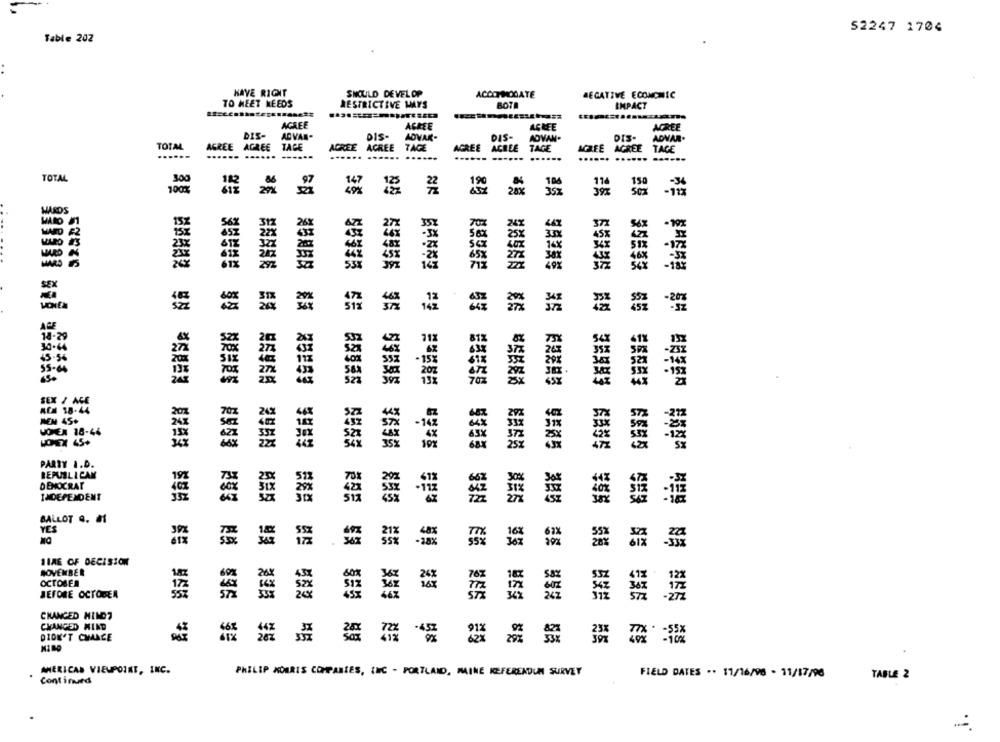
52247 1704
Table 202
HAVE RIGHT
SHOULD DEVELOP
ACCOMMODATE
NEGATIVE ECONOMIC
TO HEET NEEDS
RESTRICTIVE WAYS
BOTE
IMPACT
AGREE
AGREE
AGREE
AGREE
DIS-
AD VAN-
013-
ADVAR-
DIS-
ADVAN-
DIS-
ADVAR.
TOTAL
AGREE AGREE
TACE
AGREE ACREE
TAGE
AGREE
ACREE
TAGE
AGREE
AGREE TAGE
......
.. ......
...
......
...... ...... ......
...... ...... ......
TOTAL
300
100%
22
Sex
-113
MAROS
-10%
25x
AGE
18:29
55-66
70z
SEX / AGE
MEM 45+
-145
HOMER 18-44
WOMEX 45+
PARTY I.D.
REPUBLICAN
DEMOCRAT
INDEPENDENT
BALLOT &. #1
YES
387
28%
HIRE OF DECISION
NOVEMBER
OCTOBER
BEFORE OCTOBER
CHANGED HIMDT
CHANGED MIND
DIDN'T CHANCE
48
AMERICAS VIEWPOINT, INC.
PHILIP MORRIS COMPANIES, INC - PORTLAND, MAINE REFERENDUM SURVEY
FIELD DATES .. 11/16/96 - 11/17/96
TABLE 2
Continuard